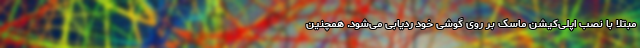
مبتلا با نصب اپلی‌کیشن ماسک بر روی گوشی خود ردیابی می‌شود. همچنین